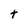
Character: t